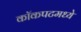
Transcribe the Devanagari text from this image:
कॉकपटमध्ये